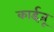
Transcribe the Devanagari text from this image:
काईजू